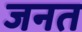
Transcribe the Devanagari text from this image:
जनत